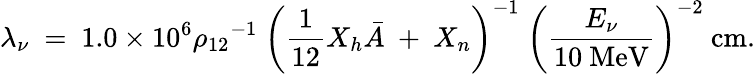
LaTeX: \lambda_{\nu}~=~1.0\times 10^{6}{{\rho}_{12}}^{-1}~\left(\frac{1}{12}X_{h}{\bar{A}}~+~X_{n}\right)^{-1}~\left(\frac{E_{\nu}}{10~\mathrm{MeV}}\right)^{-2}~\mathrm{{cm}.}